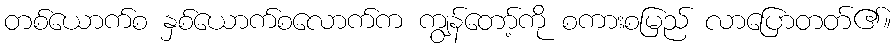
တစ်ယောက်စ နှစ်ယောက်စလောက်က ကျွန်တော့်ကို စကားစမြည် လာပြောတတ်၏။